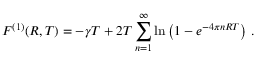
F ^ { ( 1 ) } ( R , T ) = - \gamma T + 2 T \sum _ { n = 1 } ^ { \infty } \ln \left( 1 - e ^ { - 4 \pi n R T } \right) \, { . }